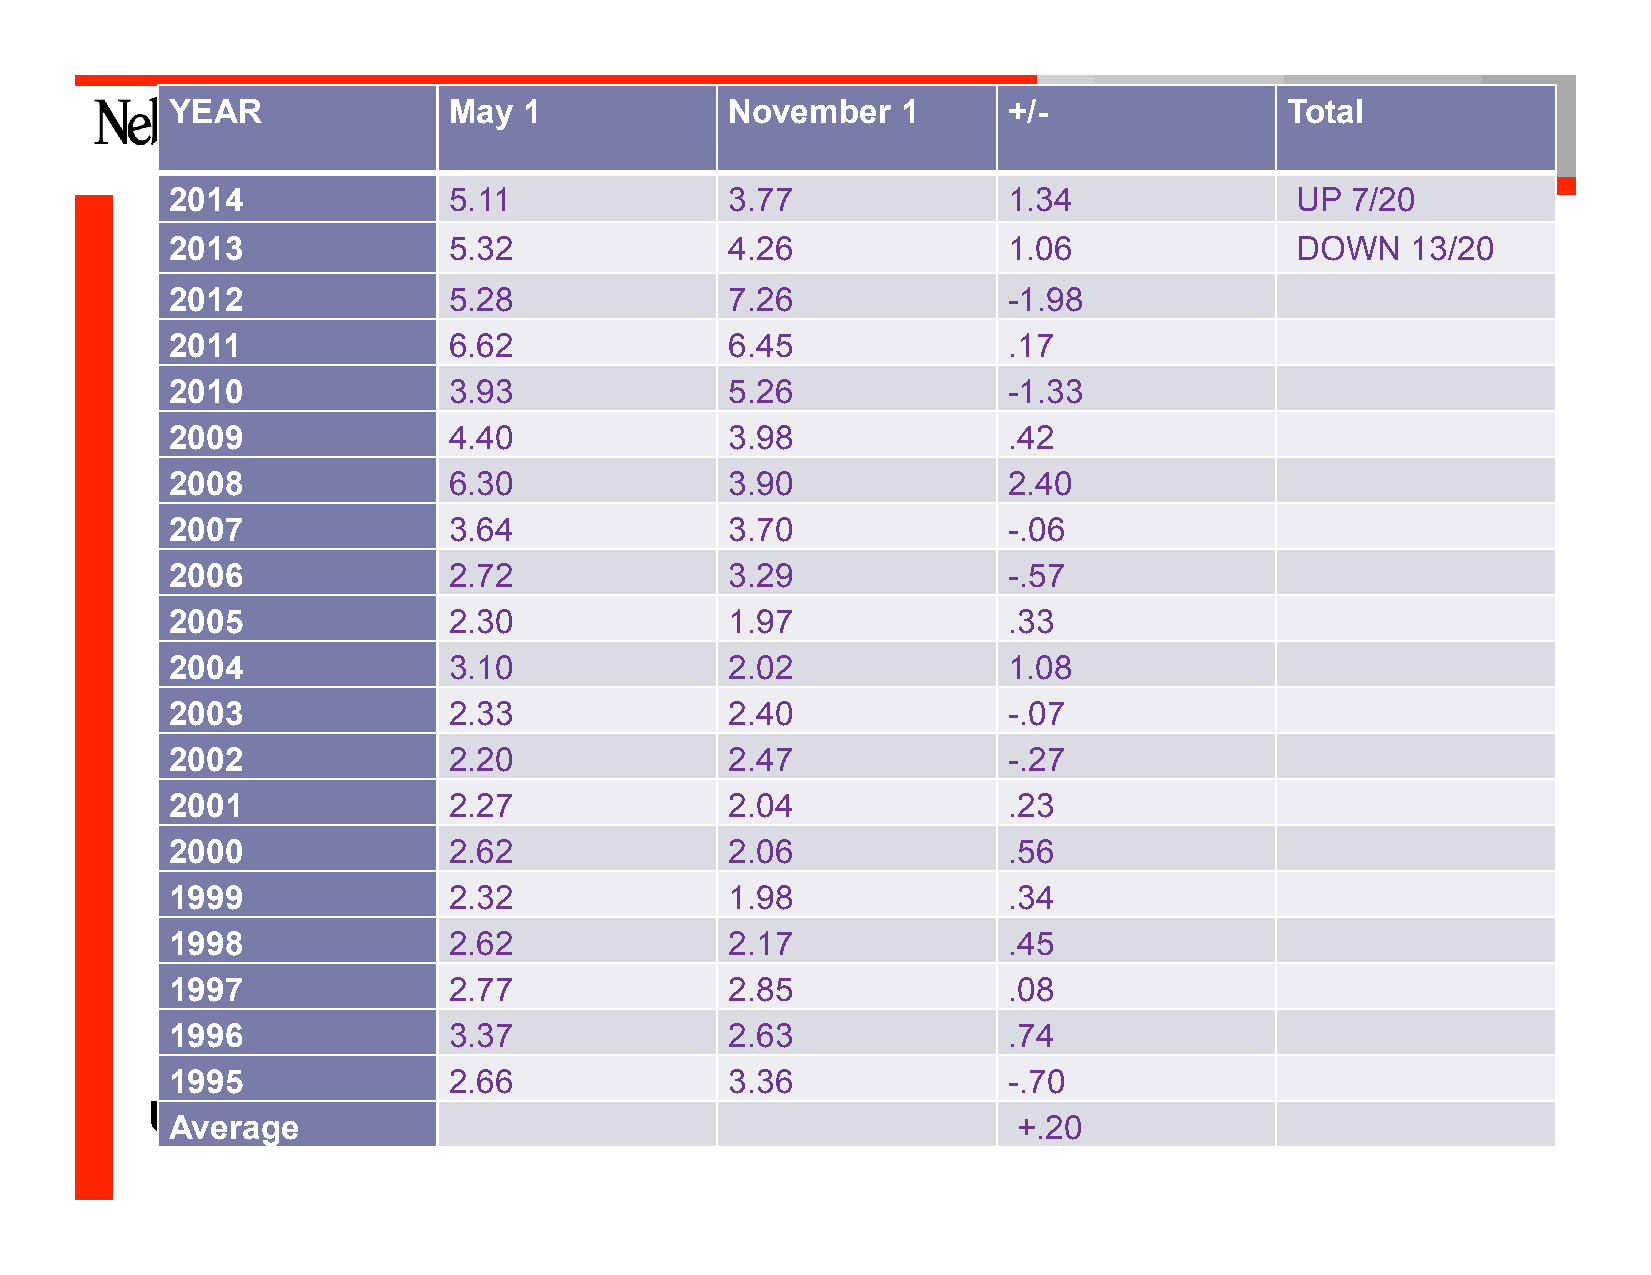
YEAR               May  1  KnowN       ohveomwber. 1 Kno+/-w  now.        Total
 2014               5.11              3.77               1.34               UP 7/20
 2013               5.32              4.26               1.06               DOWN   13/20
 2012               5.28              7.26               -1.98
 2011               6.62              6.45               .17
 2010               3.93              5.26               -1.33
 2009               4.40              3.98               .42
 2008               6.30              3.90               2.40
 2007               3.64              3.70               -.06
 2006               2.72              3.29               -.57
 2005               2.30              1.97               .33
 2004               3.10              2.02               1.08
 2003               2.33              2.40               -.07
 2002               2.20              2.47               -.27
 2001               2.27              2.04               .23
 2000               2.62              2.06               .56
 1999               2.32              1.98               .34
 1998               2.62              2.17               .45
 1997               2.77              2.85               .08
 1996               3.37              2.63               .74
 1995               2.66              3.36               -.70
 University    of Nebraska–Lincoln
 Average                                                 +.20